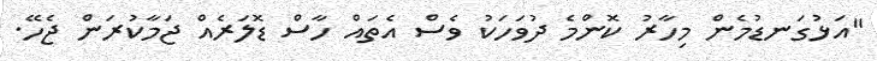
"އަޅުގަނޑުމެން މިހާރު ކޮންމެ ދުވަހަކު ވެސް އެތައް ހާސް ޑޮލަރެއް ޖަމާކުރަން ޖެހޭ.